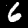
Label: 6